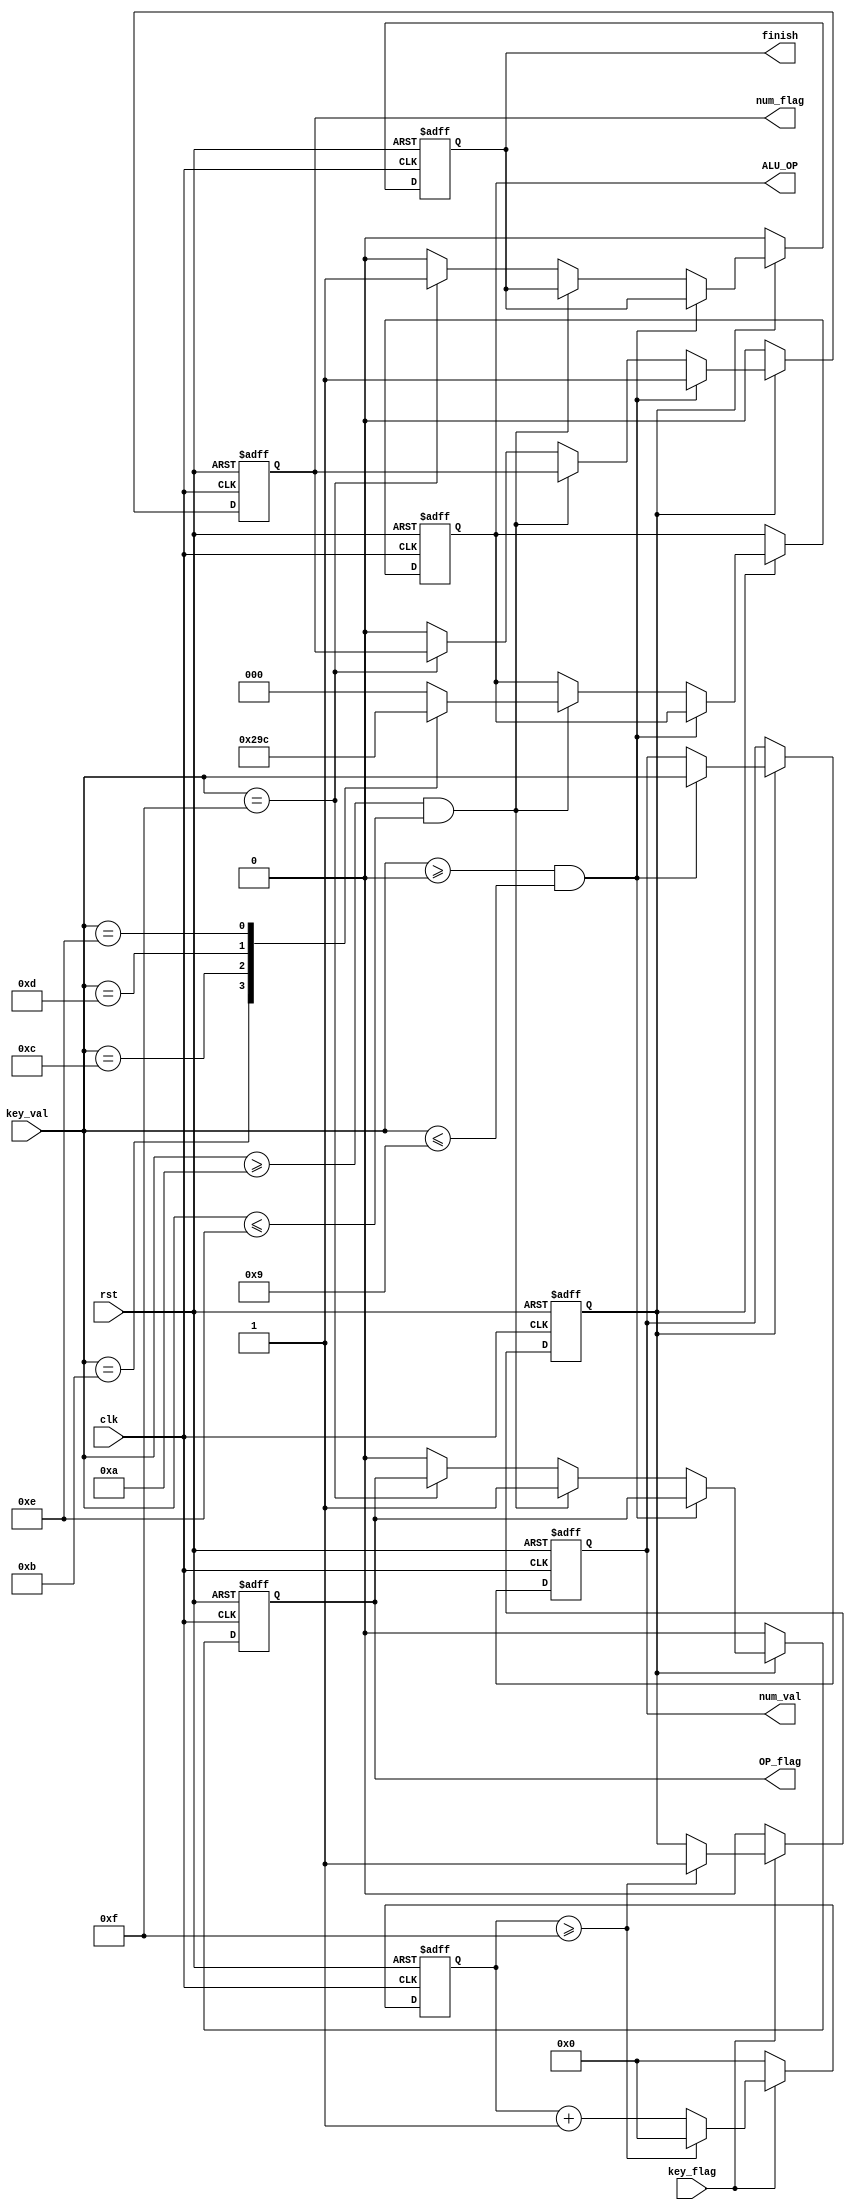
`timescale 1ns / 1ps
//////////////////////////////////////////////////////////////////////////////////
// Company: 
// Engineer: 
// 
// Design Name: 
// Module Name: PreKey
// Project Name: 
// Target Devices: 
// Tool Versions: 
// Description: 
// 
// Dependencies: 
// 
// Revision:
// Revision 0.01 - File Created
// Additional Comments:
// 
//////////////////////////////////////////////////////////////////////////////////


module PreKey(
    input  wire         clk,
    input  wire         rst,
	input  wire [3:0]   key_val,
    input  wire         key_flag,
	
	output reg  [3:0]   num_val,
	output reg  [2:0]   ALU_OP,
	output reg          num_flag,
	output reg          OP_flag,
	output reg          finish
);
  reg       flag;
  reg [3:0] delay_cnt = 4'b0000;
  parameter ADD = 3'b000, MIN = 3'b001, AND = 3'b010, OR = 3'b011, COMP = 3'b100;
  
always@( posedge clk, posedge rst)
	begin
		if(rst)
			begin
				num_val <= 4'h0;
				ALU_OP <= 3'b0;
				num_flag <= 1'b0;
				OP_flag <= 1'b0;
				finish <= 1'b0;
				flag <= 1'b0;
				delay_cnt <= 4'b0000;
			end
		else
			begin
				if(key_flag == 0)
					begin
						flag <= 1'b0 ;
						delay_cnt <= 4'b0000;
					end
				 else if(delay_cnt >= 4'b1111)
					begin
						flag <= 1'b1 ;
						delay_cnt <= 4'b0000;
					end
				 else    
						delay_cnt <= delay_cnt + 1'b1;
				
				if(flag)
					begin
						if(key_val>=4'h0 && key_val<=4'h9)
							begin
								num_flag <= 1'b1;
								num_val <= key_val;
							end
						else if(key_val>=4'hA && key_val<=4'hE)
							begin
								OP_flag <= 1'b1;
								case(key_val)
									4'hA: ALU_OP <= ADD;
									4'hB: ALU_OP <= MIN;
									4'hC: ALU_OP <= AND;
									4'hD: ALU_OP <= OR;
									4'hE: ALU_OP <= COMP;
									default:ALU_OP <= ADD;
								endcase
							end
						else if(key_val==4'hF)
							finish <= 1'b1;
						else
							begin
								num_flag <= 1'b0;
								OP_flag <= 1'b0;
								finish <= 1'b0;
							end
					end
				else
					begin
						num_flag <= 1'b0;
						OP_flag <= 1'b0;
						finish <= 1'b0;
					end
			end
    end
endmodule